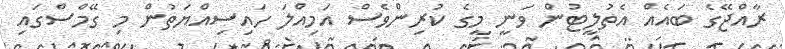
ރާއްޖޭގެ ބައެއް އެތުލީޓުން ވަނީ މީގެ ކުރިންވެސް އަމިއްލަ ހައިސިއްޔަތުން މި ގޭމްސްގައި